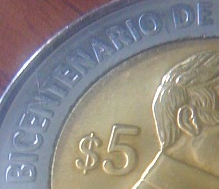
BICENTENARIO DE